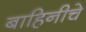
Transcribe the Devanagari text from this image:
बाहिनीचे